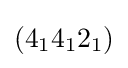
(4_{1}4_{1}2_{1})